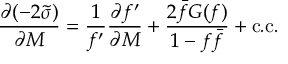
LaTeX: \gamma ^ { \check { r } \check { s } } ( \tau , \vec { \sigma } ) g _ { \check { r } \check { s } } ( \tau , \vec { \sigma } ) = \delta _ { \check { s } } ^ { \check { r } } .